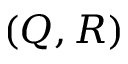
( Q , R )